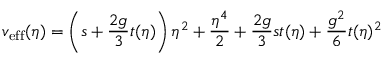
v _ { \mathrm { e f f } } ( \eta ) = \left( s + \frac { 2 g } { 3 } t ( \eta ) \right) \eta ^ { 2 } + \frac { \eta ^ { 4 } } { 2 } + \frac { 2 g } { 3 } s t ( \eta ) + \frac { g ^ { 2 } } 6 t ( \eta ) ^ { 2 }